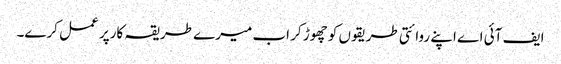
ایف آئی اے اپنے روائتی طریقوں کو چھوڑ کر اب میرے طریقہ کارپر عمل کرے۔